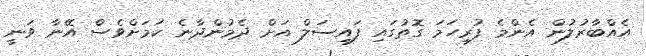
އެއްބާރުލުން އެންމެ ފުރިހަމަ ގޮތުގައި ފައިސަލް އަށް ދެމުންދާނެ ކަަމަށްވެސް އޭނާ ވަނީ